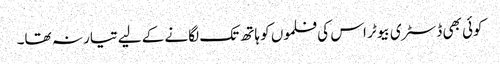
کوئی بھی ڈسٹری بیوٹر اس کی فلموں کو ہاتھ تک لگانے کے لیے تیار نہ تھا۔